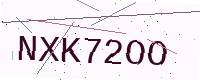
Text: NXK72OO